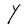
Character: Y